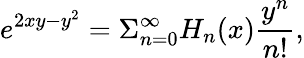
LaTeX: e^{2xy-y^{2}}=\Sigma_{n=0}^{\infty}H_{n}(x)\frac{y^{n}}{n!},